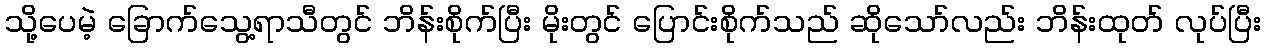
သို့ပေမဲ့ ခြောက်သွေ့ရာသီတွင် ဘိန်းစိုက်ပြီး မိုးတွင် ပြောင်းစိုက်သည် ဆိုသော်လည်း ဘိန်းထုတ် လုပ်ပြီး